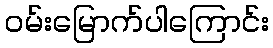
ဝမ်းမြောက်ပါကြောင်း